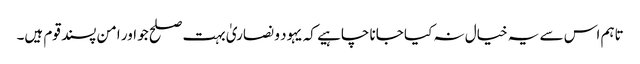
تاہم اس سے یہ خیال نہ کیا جانا چاہیے کہ یہود و نصاریٰ بہت صلح جو اور امن پسند قوم ہیں۔